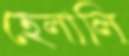
হেলালি